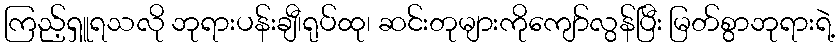
ကြည့်ရှူရသလို ဘုရားပန်းချီ၊ရုပ်ထု၊ ဆင်းတုများကိုကျော်လွန်ပြီး မြတ်စွာဘုရားရဲ့